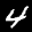
Label: 4